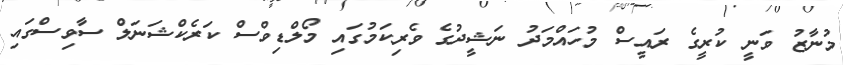
މުނާޒު ވަނީ ކުރީގެ ރައީސް މުހައްމަދު ނަޝީދުގެ ވެރިކަމުގައި މޯލްޑިވްސް ކަރެކްޝަނަލް ސާވިސްގައި